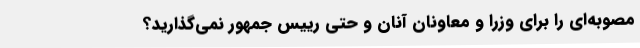
مصوبه‌ای را برای وزرا و معاونان آنان و حتی رییس جمهور نمی‌گذارید؟